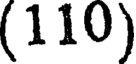
(110)